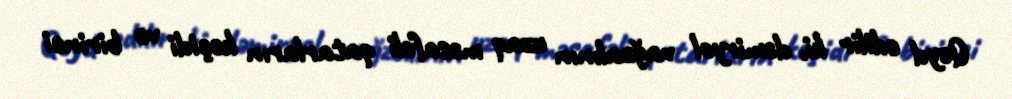
Qeyd edilir ki, dəmiryol vağzalının uzaq məsafəli qatarların keçidi və birinci